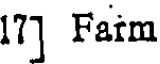
17] Faim